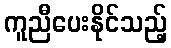
ကူညီပေးနိုင်သည့်